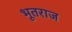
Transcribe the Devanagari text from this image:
भूतराज